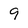
Character: 9